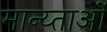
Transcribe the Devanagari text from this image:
मान्य्ताओं